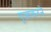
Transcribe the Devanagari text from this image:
पूजाकरने